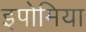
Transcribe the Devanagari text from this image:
इपोमिया